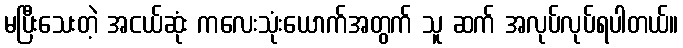
မပြီးသေးတဲ့ အငယ်ဆုံး ကလေးသုံးယောက်အတွက် သူ ဆက် အလုပ်လုပ်ရပါတယ်။